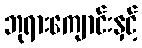
ဘုရားကျောင်းနှင့်